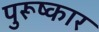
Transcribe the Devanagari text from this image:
पुरूष्कार